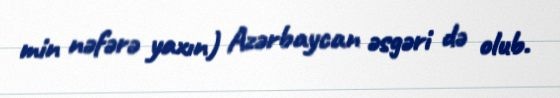
min nəfərə yaxın) Azərbaycan əsgəri də olub.